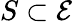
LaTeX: S\subset{\mathcal{E}}